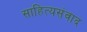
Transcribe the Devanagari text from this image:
साहित्यसंवाद